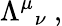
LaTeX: {\Lambda^{\mu}}_{\nu}~,